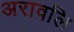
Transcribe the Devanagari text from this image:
अरावलि